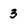
Character: 3